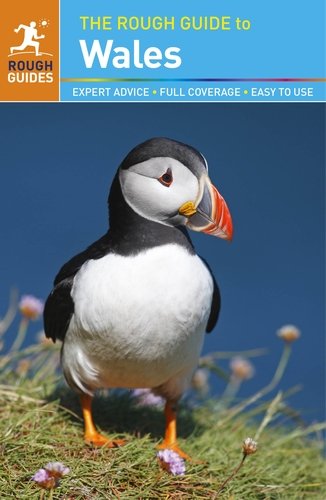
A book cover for The Rough Guide to Wales; Darren (Norm) Longley; Travel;